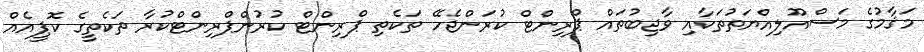
މަޤާމުގެ މަސްއޫލިއްޔަތުތަކާއި ވާޖިބުތައް ޕްރިންޓް ކުރަންޖެހޭ ތަކެތި ޕްރިންޓް ކުރުންޕްރިންޓްކުރާ ތަކެތީގެ ކޮޕީއެއް